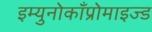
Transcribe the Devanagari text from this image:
इम्युनोकाँप्रोमाइज्ड